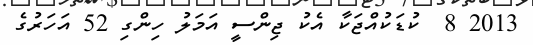
2013 8  ކުޑަކުއްޖަކާ އެކު ޖިންސީ އަމަލު ހިންގި 52 އަހަރުގެ